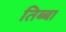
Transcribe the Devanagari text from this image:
तिब्बा